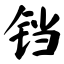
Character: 铛